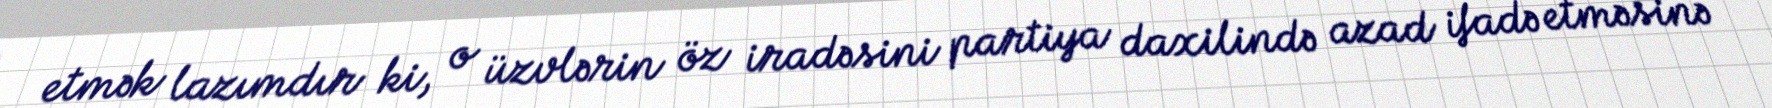
etmək lazımdır ki, o üzvlərin öz iradəsini partiya daxilində azad ifadə etməsinə